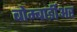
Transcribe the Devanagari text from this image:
बोम्बार्डीअर